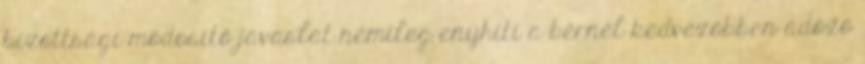
bizottsági módosító javaslat némileg enyhíti a bérnél kedvezőbben adózó